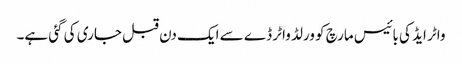
واٹر ایڈ کی بائیس مارچ کو ورلڈ واٹر ڈے سے ایک دن قبل جاری کی گئی ہے۔